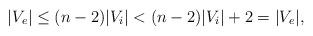
LaTeX: \begin{align*} |V_e| \le (n-2)|V_i| < (n-2)|V_i|+2 = |V_e|, \end{align*}